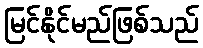
မြင်နိုင်မည်ဖြစ်သည်